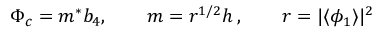
\Phi _ { c } = m ^ { * } b _ { 4 } , \qquad m = r ^ { 1 / 2 } h \, , \qquad r = | \langle \phi _ { 1 } \rangle | ^ { 2 }